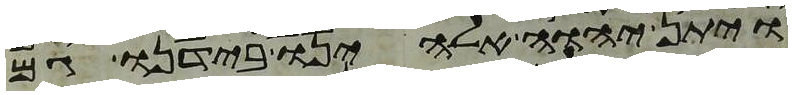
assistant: ויתן יהוה אלהינו בידנו גם